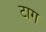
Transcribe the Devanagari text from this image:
टाग